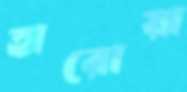
হারোয়া